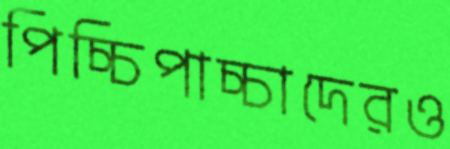
পিচ্চিপাচ্চাদেরও